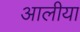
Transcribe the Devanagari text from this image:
आलीया